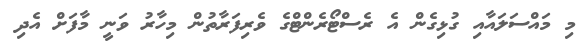
މި މައްސަލައާއި ގުޅިގެން އެ ރެސްޓޯރެންޓްގެ ވެރިފަރާތުން މިހާރު ވަނީ މާފަށް އެދި